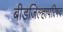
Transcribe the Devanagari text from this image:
बीडजिल्हापरिषद